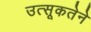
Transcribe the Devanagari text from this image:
उत्सूकतेने